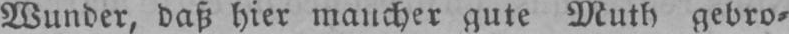
Wunder, daß hier mancher gute Muth gebro⸗